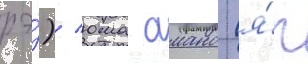
рэ́)/ юма амано (я́п